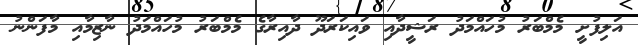
އަލިފުށީ މެމްބަރު މުހައްމަދު ރަޝީދާއި ވައިކަރަދޫ ދާއިރާގެ މެމްބަރު މުހައްމަދު ނާޒިމާއި މާފަންނު